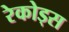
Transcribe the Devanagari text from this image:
रेकोड्स